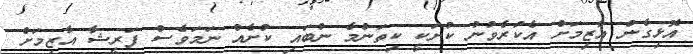
އޮޅިގެން އާޒިމަށް އެކުރެވުނު ކުށަކީ ކިތަންމެ ނުބައި ކުށެއް ނަމަވެސް ފަރީޝާ އާޒިމަށް